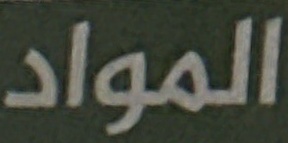
المواد